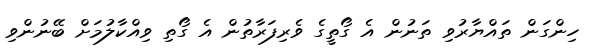
ހިންގަން ތައްޔާރުވި ތަނުން އެ ގޯތީގެ ވެރިފަރާތުން އެ ގޯތި ވިއްކާލުމަށް ބޭނުންވި